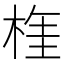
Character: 𣔫